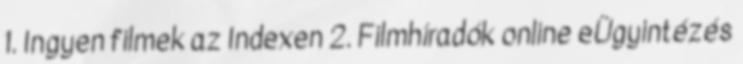
1. Ingyen filmek az Indexen 2. Filmhíradók online eÜgyintézés